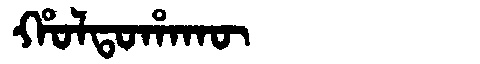
Manchu: ᡥᠣᠯᡨᠣᡥᠠᡴᡡ
Romanization: HOLTOHAKŪ